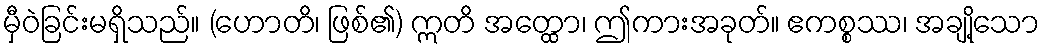
မှီဝဲခြင်းမရှိသည်။ (ဟောတိ၊ ဖြစ်၏) ဣတိ အတ္ထော၊ ဤကားအခုတ်။ ဧကစ္စဿ၊ အချို့သော